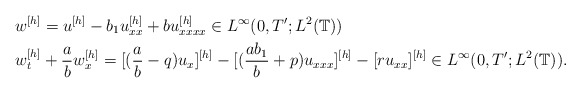
\begin{align*} &w^{[h]}=u^{[h]}-b_1u_{xx}^{[h]}+bu_{xxxx}^{[h]}\in L^{\infty}(0,T';L^2(\mathbb{T})) \\ &w_{t}^{[h]}+\frac{a}{b}w_{x}^{[h]}=[(\frac{a}{b}-q)u_x]^{[h]}-[(\frac{ab_1}{b}+p)u_{xxx}]^{[h]}-[ru_{xx}]^{[h]}\in L^{\infty}(0,T';L^2(\mathbb{T})).\end{align*}